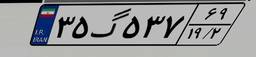
۳۵گ۵۳۷۶۹